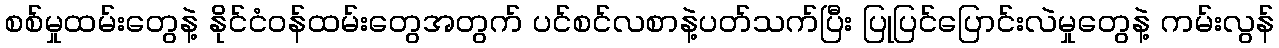
စစ်မှုထမ်းတွေနဲ့ နိုင်ငံဝန်ထမ်းတွေအတွက် ပင်စင်လစာနဲ့ပတ်သက်ပြီး ပြုပြင်ပြောင်းလဲမှုတွေနဲ့ ကမ်းလွန်